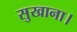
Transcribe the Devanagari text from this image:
सुखाना।